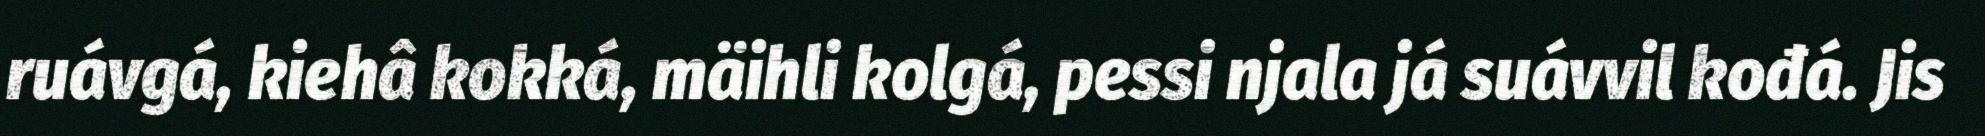
ruávgá, kiehâ kokká, mäihli kolgá, pessi njala já suávvil kođá. Jis